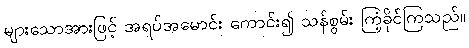
များသောအားဖြင့် အရပ်အမောင်း ကောင်း၍ သန်စွမ်း ကြံ့ခိုင်ကြသည်။